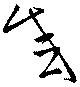
感